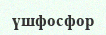
үшфосфор